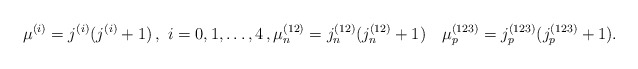
\begin{align*}\mu^{(i)} = j^{(i)}(j^{(i)}+1)\,,\ i=0,1,\dots,4\,,\mu_n^{(12)} = j_n^{(12)}(j_n^{(12)}+1)\quad\mu_p^{(123)} = j_p^{(123)}(j_p^{(123)}+1).\end{align*}